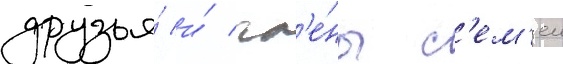
друзья́ и́ чл'е́ны с'ем'еи